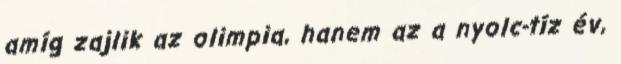
amíg zajlik az olimpia, hanem az a nyolc-tíz év,